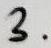
$3.$